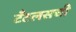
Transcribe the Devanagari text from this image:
टँटलसची